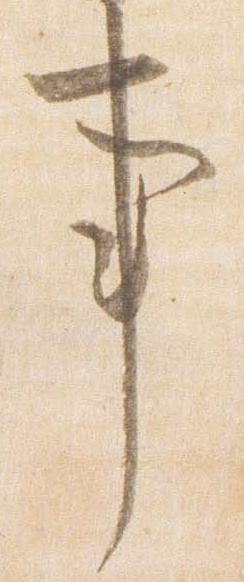
事